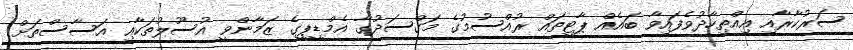
ސަރުކާރާއި އިއްތިހާދުވެފައިވާ ބައެއް ޕާޓީތައް ރުއްސުމުގެ މަގްސަދުގާ އެމްޑީޕީގެ ޒަމާންވީ އުސޫލުތަކާއި އަސާސްތަށް